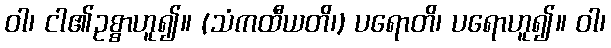
ဝါ၊ ငါ၏ဥစ္စာဟူ၍။ (သံကထီယတိ၊) ပရောတိ၊ ပရောဟူ၍။ ဝါ၊